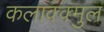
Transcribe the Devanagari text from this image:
कलाक्क्मुल